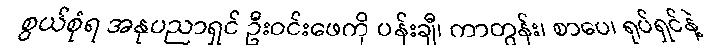
စွယ်စုံရ အနုပညာရှင် ဦးဝင်းဖေကို ပန်းချီ၊ ကာတွန်း၊ စာပေ၊ ရုပ်ရှင်နဲ့